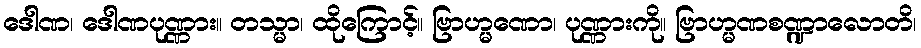
ဒေါဏ၊ ဒေါဏပုဏ္ဏား။ တသ္မာ၊ ထိုကြောင့်။ ဗြာဟ္မဏော၊ ပုဏ္ဏားကို။ ဗြာဟ္မဏစဏ္ဍာလောတိ၊